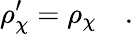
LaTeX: \rho_{\chi}^{\prime}=\rho_{\chi}\quad.